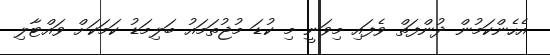
އެހެންކަމުން ދުންފަތް ވެފައި މިވަނީ މި ކުޑަ މުޖުތަމައު ބަލިމަޑު ކަމަކަށް ވައްޓާލި